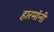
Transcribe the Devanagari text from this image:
हारमॉनी